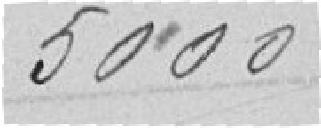
5000